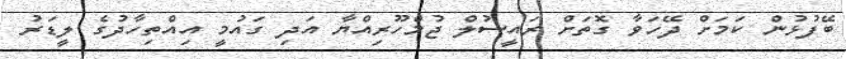
ބޭފުޅުން ކަމަށް ދޭހަވާ ގޮތަށް ރައީސުލް ޖުމްހޫރިއްޔާ އަދި ގައުމީ އިއްތިހާދުގެ ލީޑަރު